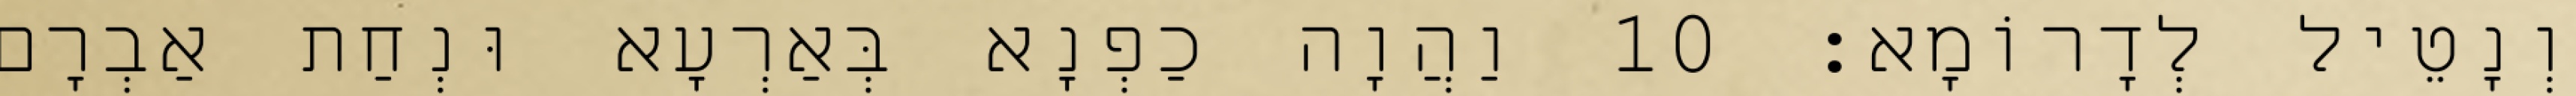
וְנָטֵיל לְדָרוֹמָא׃ 10 וַהֲוָה כַפְנָא בְּאַרְעָא וּנְחַת אַבְרָם